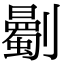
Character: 𠠡